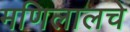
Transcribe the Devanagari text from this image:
मणिलालचे